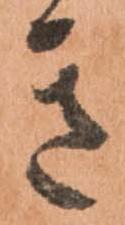
き